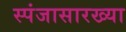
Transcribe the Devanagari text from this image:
स्पंजासारख्या